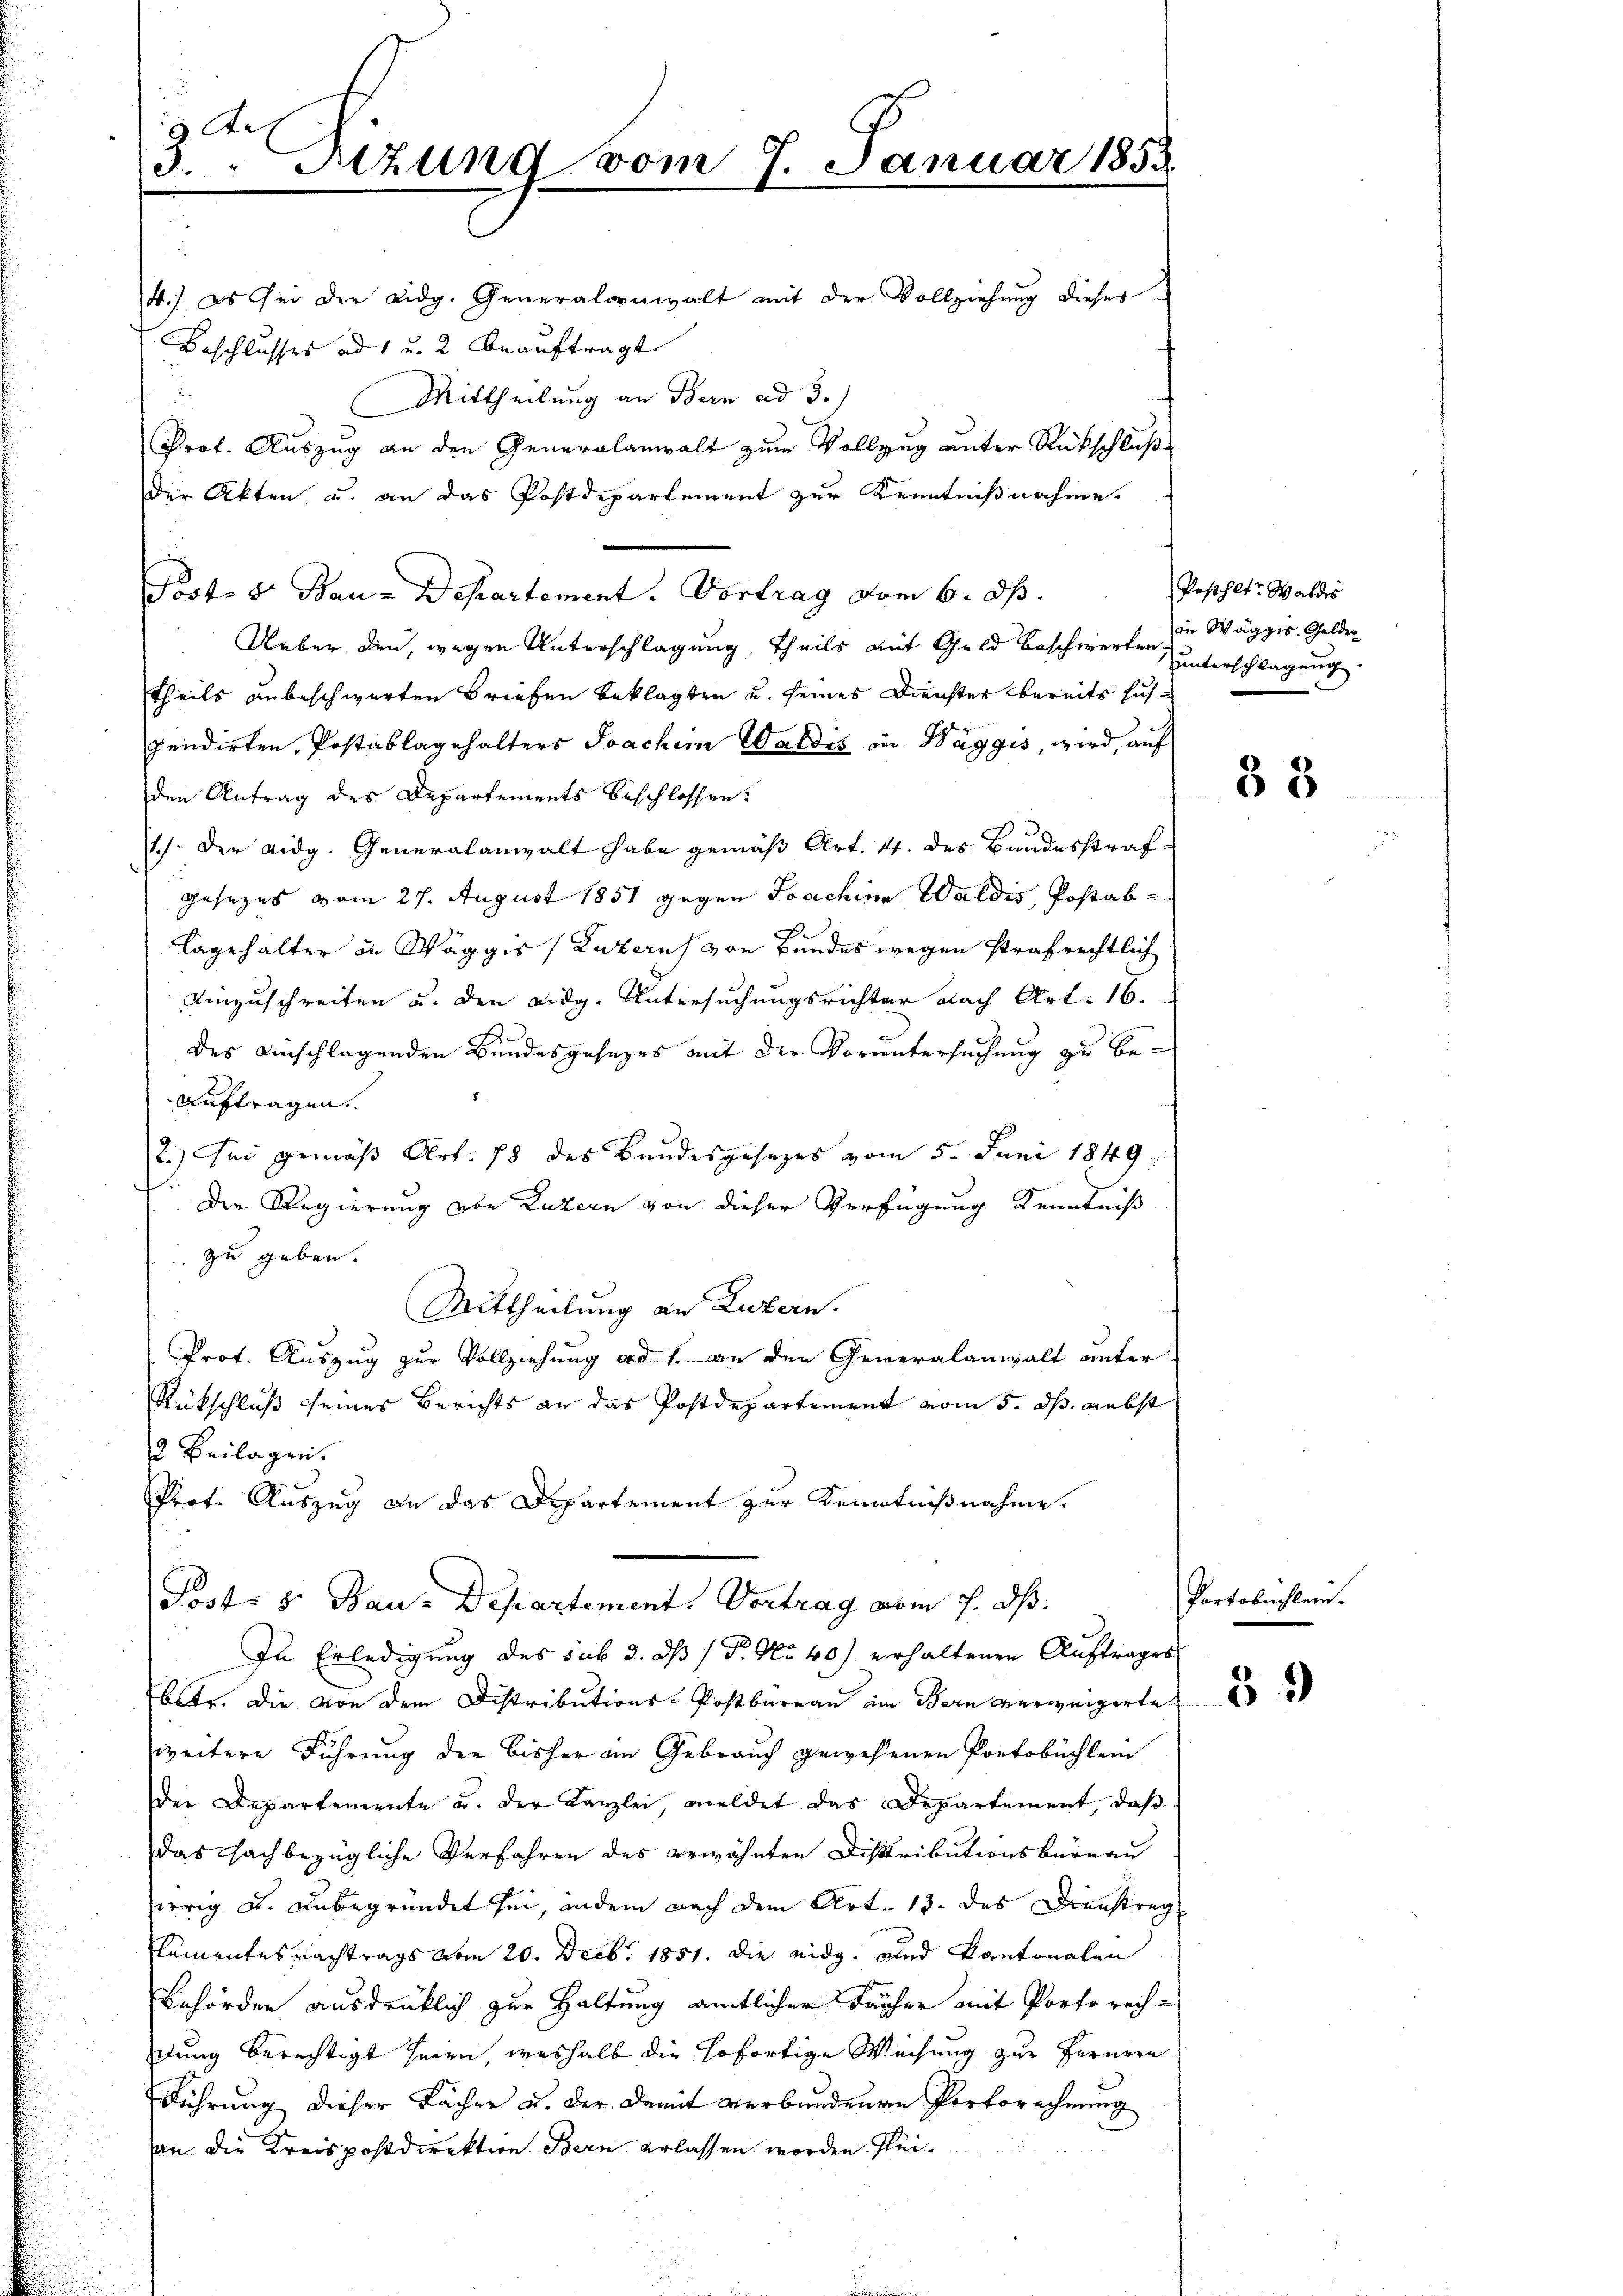
g Re
3. " Sitzung vom 7. Januar 1853

14.) es sei der Eidg. Generalornwalt mit der Vollziehung dieser
Beschlusses ad 1 u. 2 beauftragt
d
Mittheilung an Bern ad 3.)
Prof. Auszug an den Generalanwalt zum Vollzug unter Rückschluß
Der Akten u. an das Postdepartement zur Kenntnißnahme.
Post- & Bau-Departement. Vortrag vom 6. d.
Ueber den, wegen Unterschlagung, theils mit Geld beschwerten unterschlagung
theils unbeschwerten Briefen beklagten u. seines Dienstes bereits hausqendirten, Postablagehalters Joachim Waldis in Waggis, wird, auf
den Antrag des Departements beschlossen:
1.) Der Aidg. Generalanwalt habe gemäß Art. 4. des Bundesstraf
Gesezes vom 27. August 1851 gegen Joachine Waldis, Postab
lagehalter in Wäggis (Luzern von Bundes wegen strafrechtlich
einzuschreiten u. den eidg. Untersuchungsrichter nach Art. 16.
des einschlagenden Bundesgesezes mit der Voruntersuchung zu be¬
Auftragen.
2.) Sei gemäß Art. 18 des Bundesgesezes vom 5. Juni 1849
.
Der Regierung obe Luzern von dieser Verfügung Kenntniß
 zu geben.
Mittheilung an Luzern.
Prot. Auszug zur Vollziehung ad 1. an den Generalanwalt unter
Rückschluß seines Berichts an das Postdepartement vom 5. ds. nebst
2 Beilagen.
Prot. Auszug an das Departement zur Kenntnißnahme.
Post: 5. Bau-Departement. Vortrag vom 7. dh.
In Erledigung des sub 3. ds / P. No 40) erhaltenen Auftrages
betr. Die von dem Distributions-Postbureau im Bern verweigerte
weitere Führung der bisher an Gebrauch gewesenen Portobüchlein
der Departemente u. der Kanzlei, meldet das Departement, daß
Das sachbezügliche Verfahren des erwähnten Distributionsbüreau
irrig u. unbegründet sei, indem nach dem Art. 13. das Dienstrag
Klementes nachtrags vom 20. Decbr. 1851. die eidg. und Kantonalen
Behörden ausdrücklich zur Haltung amtlicher Fächer mit Porto rechdung berechtigt seien, weshalb die sofortige Weisung zur Fernern
Führung dieser Fächer u. der Damit verbundenen Portsrechnung
an die Kreispostdirektion Bern erlassen worden sei¬

n

Posthlt? Walds
in Wägges. Gelder

33

Portobuchler.